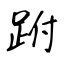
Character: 跗